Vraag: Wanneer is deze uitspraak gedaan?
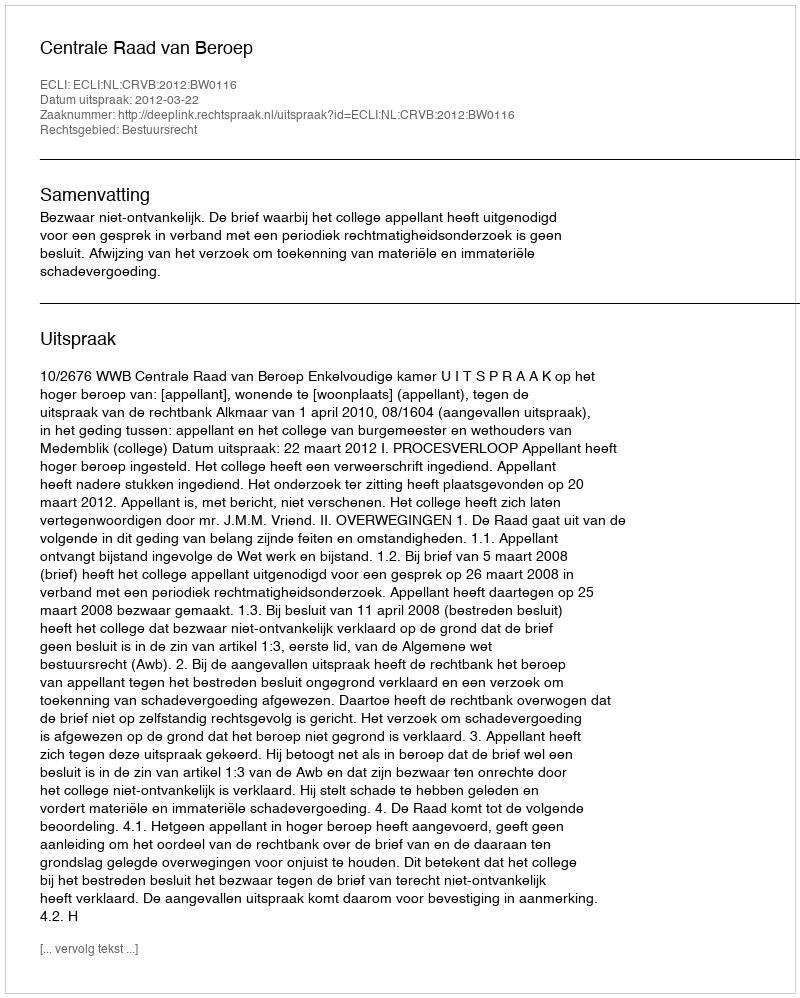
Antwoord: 2012-03-22